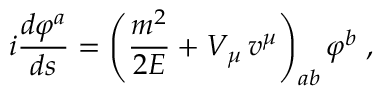
i \frac { d \varphi ^ { a } } { d s } = \left( \frac { m ^ { 2 } } { 2 E } + V _ { \mu } \, v ^ { \mu } \right) _ { a b } \varphi ^ { b } \; ,